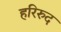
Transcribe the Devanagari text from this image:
हरिरुद